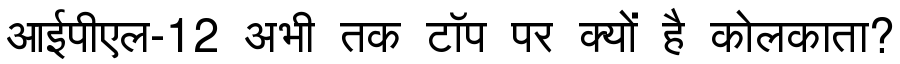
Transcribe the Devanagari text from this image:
आईपीएल-12 अभी तक टॉप पर क्यों है कोलकाता?